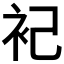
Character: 𬡆